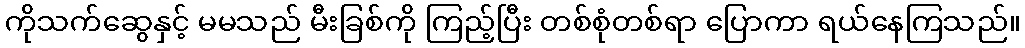
ကိုသက်ဆွေနှင့် မမသည် မီးခြစ်ကို ကြည့်ပြီး တစ်စုံတစ်ရာ ပြောကာ ရယ်နေကြသည်။